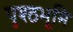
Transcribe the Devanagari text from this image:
पृश्ठभूमि